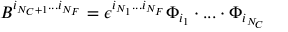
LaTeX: B ^ { i _ { N _ { C } + 1 } . . . i _ { N _ { F } } } = \epsilon ^ { i _ { N _ { 1 } } . . . i _ { N _ { F } } } \Phi _ { i _ { 1 } } \cdot . . . \cdot \Phi _ { i _ { N _ { C } } }